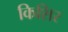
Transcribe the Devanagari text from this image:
किशिर